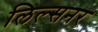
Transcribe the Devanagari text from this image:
लिल्सनर